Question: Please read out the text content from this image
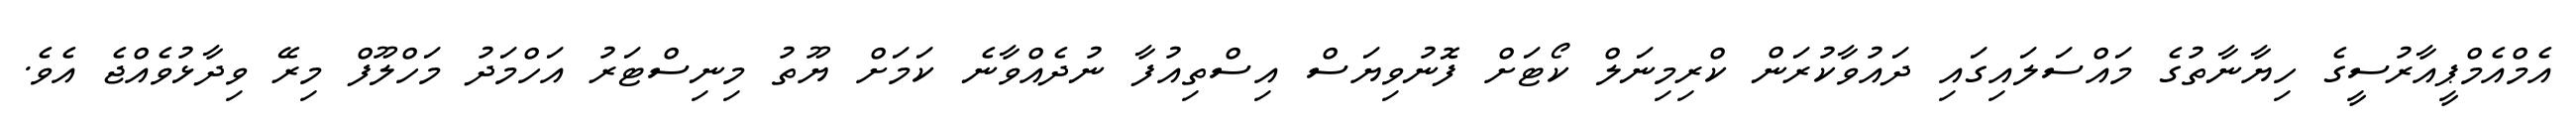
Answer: އެމްއެމްޕީއާރުސީގެ ހިޔާނާތުގެ މައްސަލައިގައި ދައުވާކުރަން ކްރިމިނަލް ކޯޓަށް ފޮނުވިޔަސް އިސްތިއުފާ ނުދެއްވާނެ ކަމަށް ޔޫތު މިނިސްޓަރު އަހްމަދު މަހްލޫފް މިރޭ ވިދާޅުވެއްޖެ އެވެ.